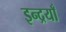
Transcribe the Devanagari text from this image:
इन्द्रयाँ